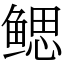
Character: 鳃